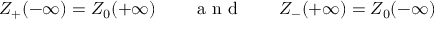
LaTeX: Z _ { + } ( - \infty ) = Z _ { 0 } ( + \infty ) \qquad \textrm { a n d } \qquad Z _ { - } ( + \infty ) = Z _ { 0 } ( - \infty )